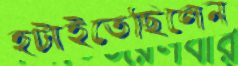
হটাইতেছিলেন